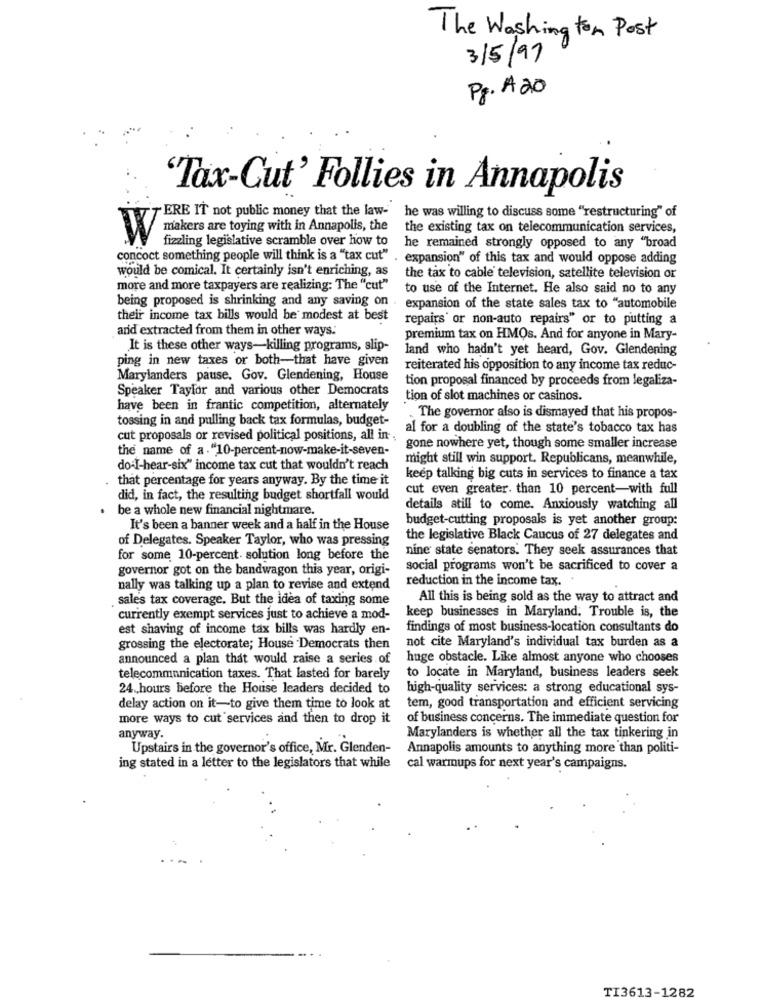
The Washington Post
3/5/97
Pf. A20
Tax-Cut' Follies in Annapolis
ERE IT not public money that the law-
he was willing to discuss some "restructuring" of
the existing tax on telecommunication services,
W makers are toying with in Annapolis, the
fizzling legislative scramble over how to
he remained strongly opposed to any "broad
concoct something people will think is a "tax cut"
expansion" of this tax and would oppose adding
would be comical. It certainly isn't enriching, as
the tax to cable television, satellite television or
more and more taxpayers are realizing: The "cut"
to use of the Internet. He also said no to any
being proposed is shrinking and any saving on . expansion of the state sales tax to "automobile
their income tax bills would be modest at best
repairs' or non-auto repairs" or to putting a
ard extracted from them in other ways.
premium tax on HMQs. And for anyone in Mary-
It is these other ways-killing programs, slip-
land who hadn't yet heard, Gov. Glendening
ping in new taxes or both-that have given
reiterated his opposition to any income tax reduc-
Marylanders pause. Gov. Glendening, House
tion proposal financed by proceeds from legaliza-
Speaker Taylor and various other Democrats
tion of slot machines or casinos.
have been in frantic competition, alternately
tossing in and pulling back tax formulas, budget-
. The governor also is dismayed that his propos-
al for a doubling of the state's tobacco tax has
cut proposals or revised political positions, all in -;
the name of a. "10-percent-now-make-it-seven-
gone nowhere yet, though some smaller increase
might still win support, Republicans, meanwhile,
do-I-hear-six" income tax cut that wouldn't reach
that percentage for years anyway. By the time it
keep talking big cuts in services to finance a tax
cut even greater. than 10 percent-with full
did, in fact, the resulting budget shortfall would
.
be a whole new financial nightmare.
details still to come. Anxiously watching all
budget-cutting proposals is yet another group:
It's been a banner week and a half in the House
of Delegates. Speaker Taylor, who was pressing
the legislative Black Caucus of 27 delegates and
nine state senators. They seek assurances that
for some 10-percent. solution long before the
governor got on the bandwagon this year, origi-
social programs won't be sacrificed to cover a
reduction in the income tax.
nally was talking up a plan to revise and extend
sales tax coverage. But the idea of taxing some
All this is being sold as the way to attract and
currently exempt services just to achieve a mod-
keep businesses in Maryland. Trouble is, the
est shaving of income tax bills was hardly en-
findings of most business-location consultants do
not cite Maryland's individual tax burden as a
grossing the electorate; House Democrats then
announced a plan that would raise a series of
huge obstacle. Like almost anyone who chooses
telecommunication taxes. That lasted for barely
to locate in Maryland, business leaders seek
24 hours before the House leaders decided to
high-quality services: a strong educational sys-
delay action on it-to give them time to look at
tem, good transportation and efficient servicing
more ways to cut services and then to drop it
of business concerns. The immediate question for
anyway.
Marylanders is whether all the tax tinkering in
Upstairs in the governor's office, Mr. Glenden-
Annapolis amounts to anything more than politi-
ing stated in a letter to the legislators that while cal warmups for next year's campaigns.
TI3613-1282